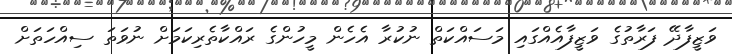
ވަޒީފާދޭ ފަރާތުގެ ވަޒީފާއެއްގައި މަސައްކަތް ނުކުރާ އެހެން މީހުންގެ ރައްކާތެރިކަމަށް ނުވަތަ ސިއްހަތަށް